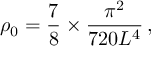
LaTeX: \rho _ { 0 } = { \frac { 7 } { 8 } } \times { \frac { \pi ^ { 2 } } { 7 2 0 L ^ { 4 } } } \, ,